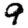
Digit: 9